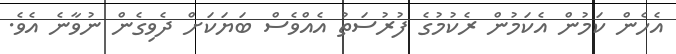
އެހެން ކަމުން އެކަމުން ރެކުމުގެ ފުރުސަތު އެއްވެސް ބަޔަކަށް ދެވިގެން ނުވާނެ އެވެ.